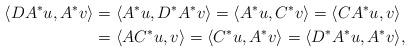
LaTeX: \begin{align*}\langle D A^*u, A^*v\rangle&=\langle A^*u, D^*A^*v\rangle=\langle A^*u, C^*v\rangle=\langle CA^*u, v\rangle\\&=\langle AC^*u, v\rangle=\langle C^*u, A^*v\rangle=\langle D^*A^*u, A^*v\rangle,\end{align*}